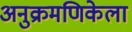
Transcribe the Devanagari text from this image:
अनुक्रमणिकेला